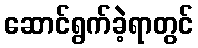
ဆောင်ရွက်ခဲ့ရာတွင်